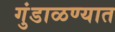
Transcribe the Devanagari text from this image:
गुंडाळण्यात